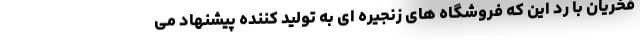
فخریان با رد این که فروشگاه های زنجیره ای به تولید کننده پیشنهاد می